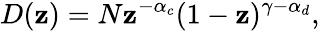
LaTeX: D(\mathbf{z})=N\mathbf{z}^{-\alpha_{c}}(1-\mathbf{z})^{\gamma-\alpha_{d}},